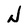
Character: N